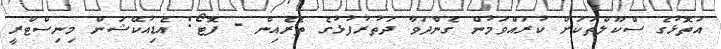
އަތޮޅުގެ ސްކޫލްތަކަށް ކުރައްވަމުން ގެންދަވާ ދަތުރުފުޅުގެ ތެރެއިން - ފޮޓޯ: އެޑިއުކޭޝަން މިނިސްޓްރީ